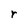
Character: r